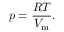
p = { \frac { R T } { V _ { \mathrm { m } } } } .